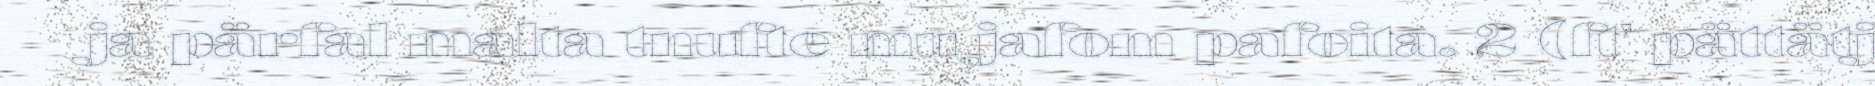
ja pärfal malta tnufte mu jafom pafoita. 2 (ft' pättätj